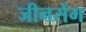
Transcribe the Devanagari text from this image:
जीनसेंग